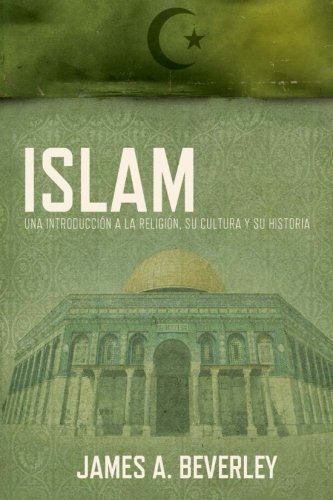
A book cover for Islam: Una introducciÃ³n a la religiÃ³n, su cultura y su historia (Spanish Edition); James A. Beverley; Religion & Spirituality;